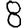
Digit: 8